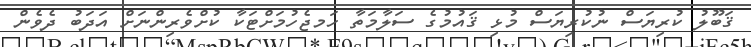
ޤަބޫލު ކުރިޔަސް ނުކުރިޔަސް މުޅި ޤައުމުގެ ސަލާމަތާ ހަމޖެހުމަށްޓަކާ ކުށްވެރިންނަށް އަދަބު ދެވެން